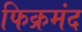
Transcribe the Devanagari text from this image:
फिक्रमंद